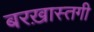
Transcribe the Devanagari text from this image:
बरख़ास्तगी